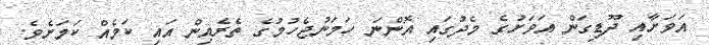
އަވަށާއި ދޫޑިގަން އަވަށުގެ މެދުގައި އޮންނަ ހަމަނުޖެހުމުގެ ތެރެއިން އައި ކަމެއް ކަމަށެވެ.